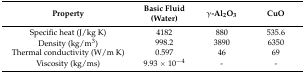
| Property | Basic Fluid (Water) | γ-Al2O3 | CuO |
 | --- | --- | --- | --- |
 | Specific heat (J/kg K) | 4182 | 880 | 535.6 |
 | Density (kg/m3) | 998.2 | 3890 | 6350 |
 | Thermal conductivity (W/m K) | 0.597 | 46 | 69 |
 | Viscosity (kg/ms) | 9.93 × 10−4 | - | - |